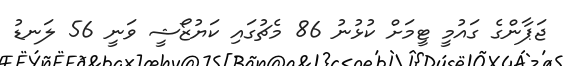
ޖަޕާންގެ ގައުމީ ޓީމަށް ކުޅުނު 86 މެޗުގައި ކަޔުޒޯޝީ ވަނީ 56 ލަނޑު